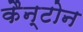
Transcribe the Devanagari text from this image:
कैन्टोन